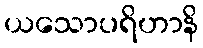
ယသောပရိဟာနိ